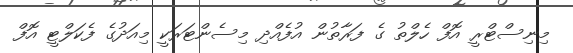
މިނިސްޓްރީ އޮފް ހެލްތު ގެ ފަރާތުން އުފެއްދި މިސެންޓަރަކީ މިއަދުގެ ފެކަލްޓީ އޮފް